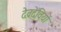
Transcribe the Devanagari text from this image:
देवदेवियों